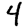
Digit: 4